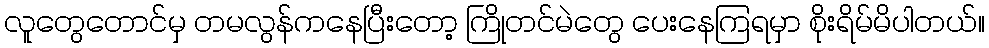
လူတွေတောင်မှ တမလွန်ကနေပြီးတော့ ကြိုတင်မဲတွေ ပေးနေကြရမှာ စိုးရိမ်မိပါတယ်။